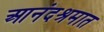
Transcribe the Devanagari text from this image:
आनंदश्रमात